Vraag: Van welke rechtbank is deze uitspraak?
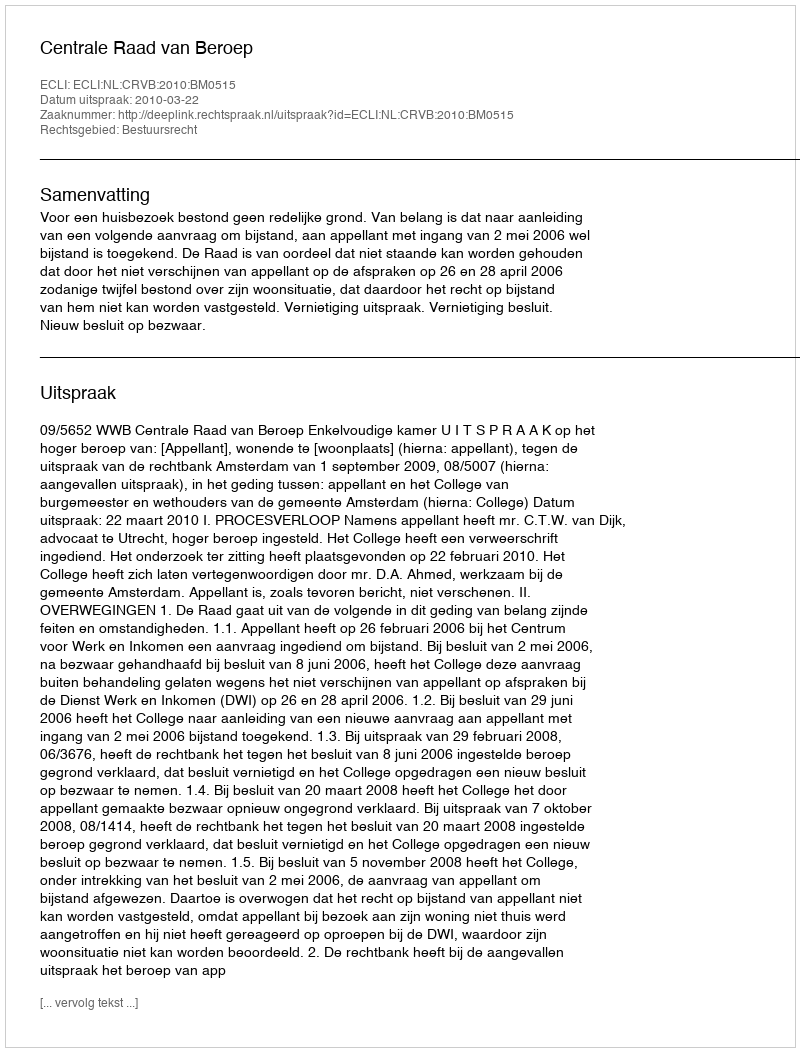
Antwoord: Centrale Raad van Beroep